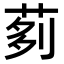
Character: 𦰵